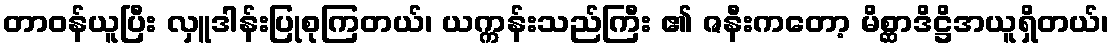
တာဝန်ယူပြီး လှူဒါန်းပြုစုကြတယ်၊ ယက္ကန်းသည်ကြီး ၏ ဇနီးကတော့ မိစ္ဆာဒိဋ္ဌိအယူရှိတယ်၊